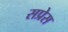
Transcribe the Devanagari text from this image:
सप्रेस